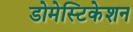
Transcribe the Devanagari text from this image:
डोमेस्टिकेशन